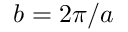
b = 2 \pi / a